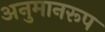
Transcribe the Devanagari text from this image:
अनुमानरूप